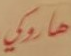
هاروكي